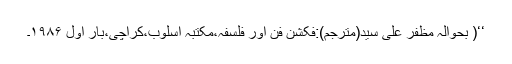
‘‘( بحوالہ مظفر علی سید(مترجم):فکشن فن اور فلسفہ،مکتبہ اسلوب،کراچی،بار اول ۱۹۸۶۔